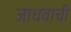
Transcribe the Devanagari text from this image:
जाधवाची